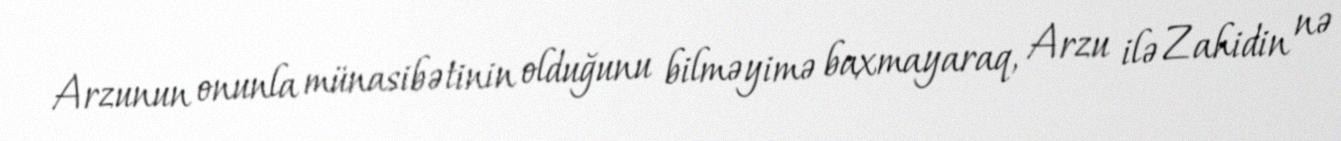
Arzunun onunla münasibətinin olduğunu bilməyimə baxmayaraq, Arzu ilə Zahidin nə